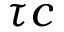
\tau c